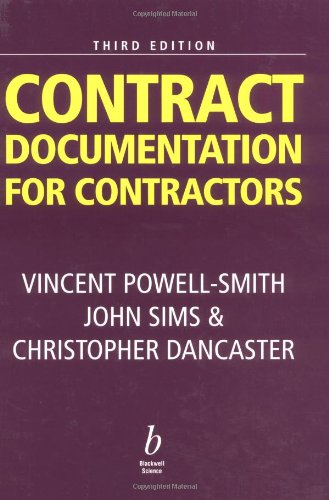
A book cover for Contract Documentation for Contractors; Vincent Powell-Smith; Law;